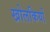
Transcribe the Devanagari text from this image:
खोलकियों